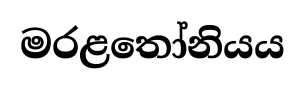
මරළතෝනියය